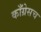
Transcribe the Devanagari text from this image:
काँग्रेसच